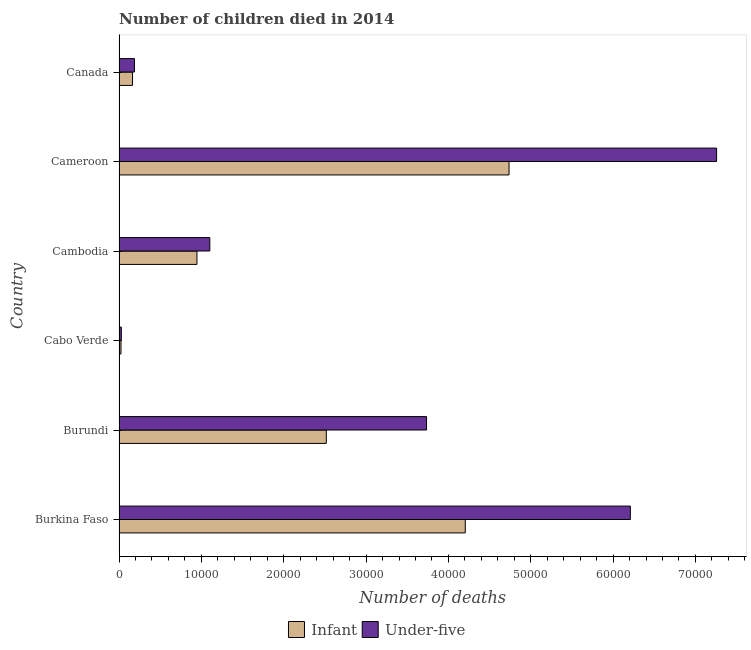
| Country | Infant | Under-five |
 | --- | --- | --- |
 | Burkina Faso | 4.2e+04 | 6.21e+04 |
 | Burundi | 2.52e+04 | 3.73e+04 |
 | Cabo Verde | 235 | 277 |
 | Cambodia | 9.46e+03 | 1.1e+04 |
 | Cameroon | 4.74e+04 | 7.26e+04 |
 | Canada | 1.64e+03 | 1.87e+03 |